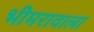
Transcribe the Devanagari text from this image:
भीमरावाला